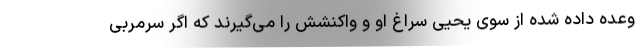
وعده داده شده از سوی یحیی سراغ او و واکنشش را می‌گیرند که اگر سرمربی